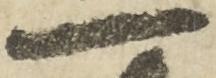
一